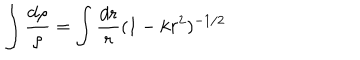
LaTeX: \int \frac { d \rho } { \rho } = \int \frac { d r } { r } ( 1 - k r ^ { 2 } ) ^ { - 1 / 2 }